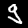
Digit: 9